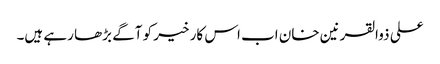
علی ذوالقرنین خان اب اس کار خیر کو آگے بڑھا رہے ہیں۔